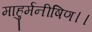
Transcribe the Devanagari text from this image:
माहुर्मनीषिण।।